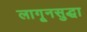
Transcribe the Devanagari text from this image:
लागूनसुद्धा